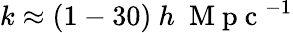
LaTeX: k\approx(1-30)\ h\ \mathrm{~M~p~c~}^{-1}